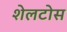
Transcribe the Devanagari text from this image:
शेलटोस